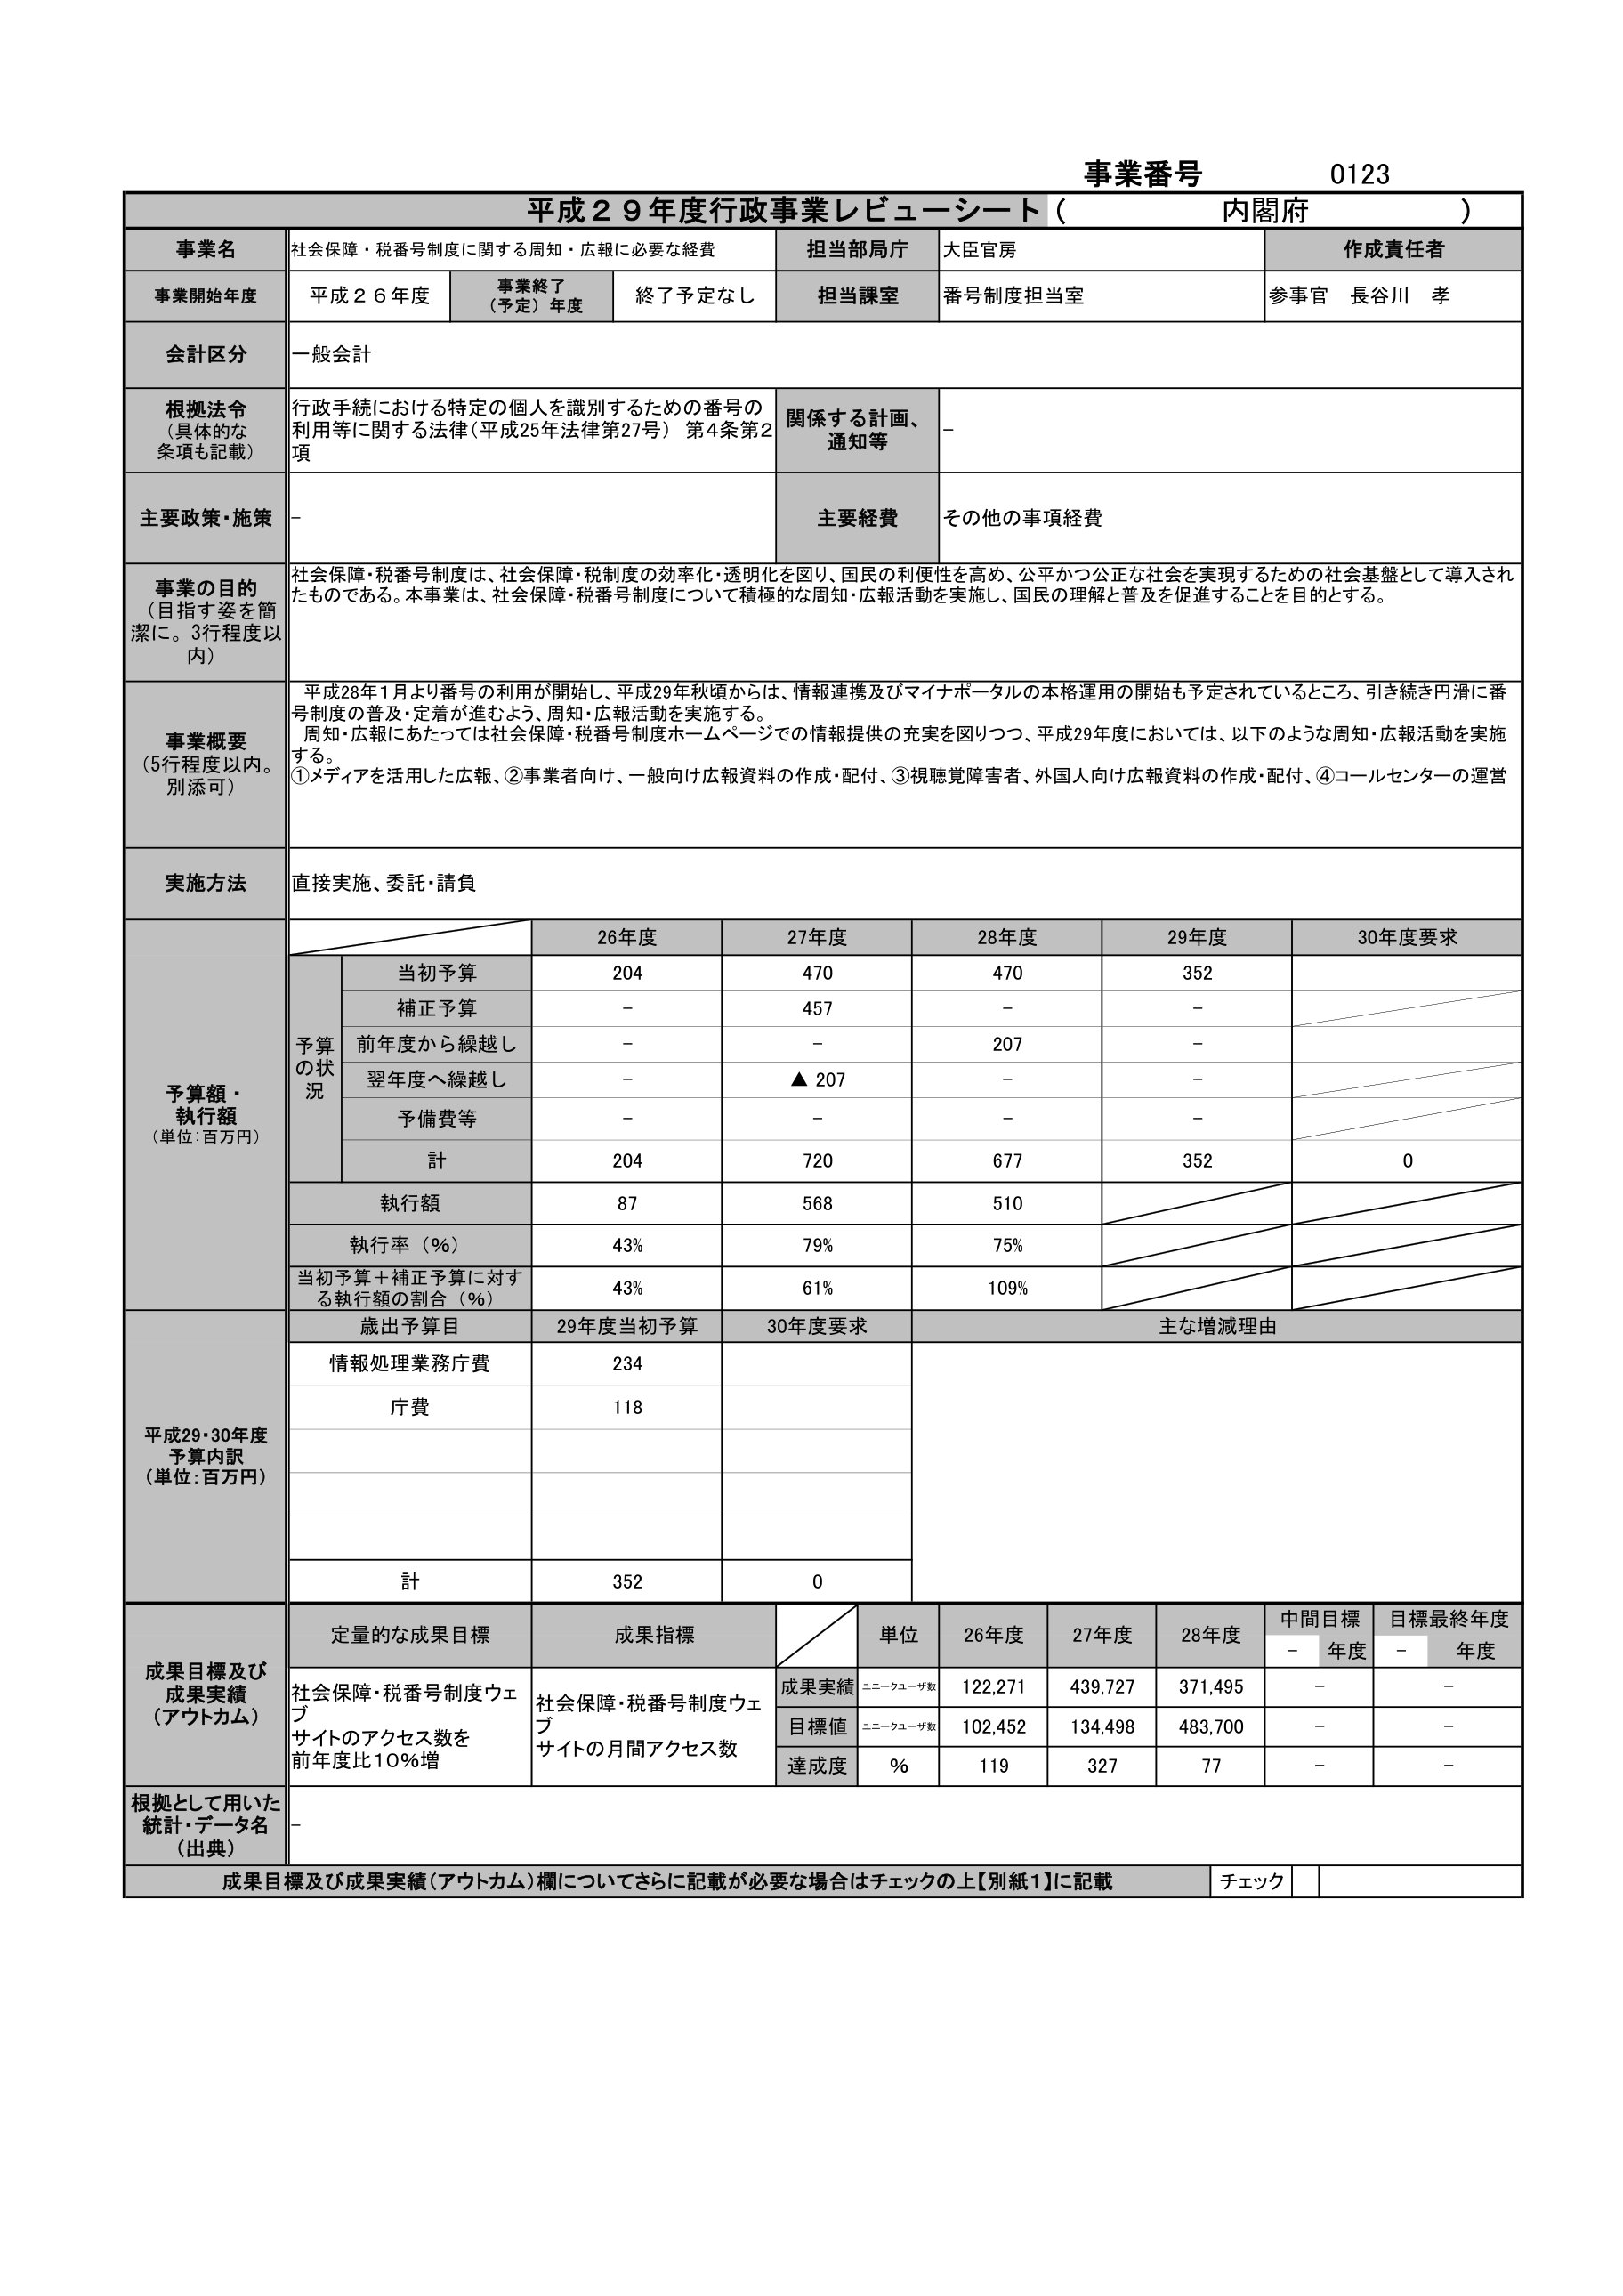
事業番号 0123
平成２９年度行政事業レビューシート（内閣府）

事業名 社会保障・税番号制度に関する周知・広報に必要な経費
担当部局庁 大臣官房
作成責任者 参事官 長谷川 孝

事業開始年度 平成２６年度
事業終了（予定）年度 終了予定なし
担当課室 番号制度担当室

会計区分 一般会計

根拠法令（具体的な条項も記載） 行政手続における特定の個人を識別するための番号の利用等に関する法律（平成25年法律第27号）第4条第2項
関係する計画、通知等 －

主要政策・施策 －
主要経費 その他の事項経費

事業の目的（目指す姿を簡潔に。3行程度以内）
社会保障・税番号制度は、社会保障・税制度の効率化・透明化を図り、国民の利便性を高め、公平かつ公正な社会を実現するための社会基盤として導入されたものである。本事業は、社会保障・税番号制度について積極的な周知・広報活動を実施し、国民の理解と普及を促進することを目的とする。

事業概要（5行程度以内。別添可）
平成28年1月より番号の利用が開始し、平成29年秋頃からは、情報連携及びマイナポータルの本格運用の開始も予定されているところ、引き続き円滑に番号制度の普及・定着が進むよう、周知・広報活動を実施する。
周知・広報にあたっては社会保障・税番号制度ホームページでの情報提供の充実を図りつつ、平成29年度においては、以下のような周知・広報活動を実施する。
①メディアを活用した広報、②事業者向け、一般向け広報資料の作成・配付、③視聴覚障害者、外国人向け広報資料の作成・配付、④コールセンターの運営

実施方法 直接実施、委託・請負

予算額・執行額（単位：百万円）